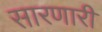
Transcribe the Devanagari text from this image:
सारणारी